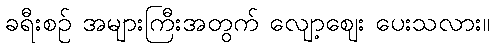
ခရီးစဉ် အများကြီးအတွက် လျော့ဈေး ပေးသလား။